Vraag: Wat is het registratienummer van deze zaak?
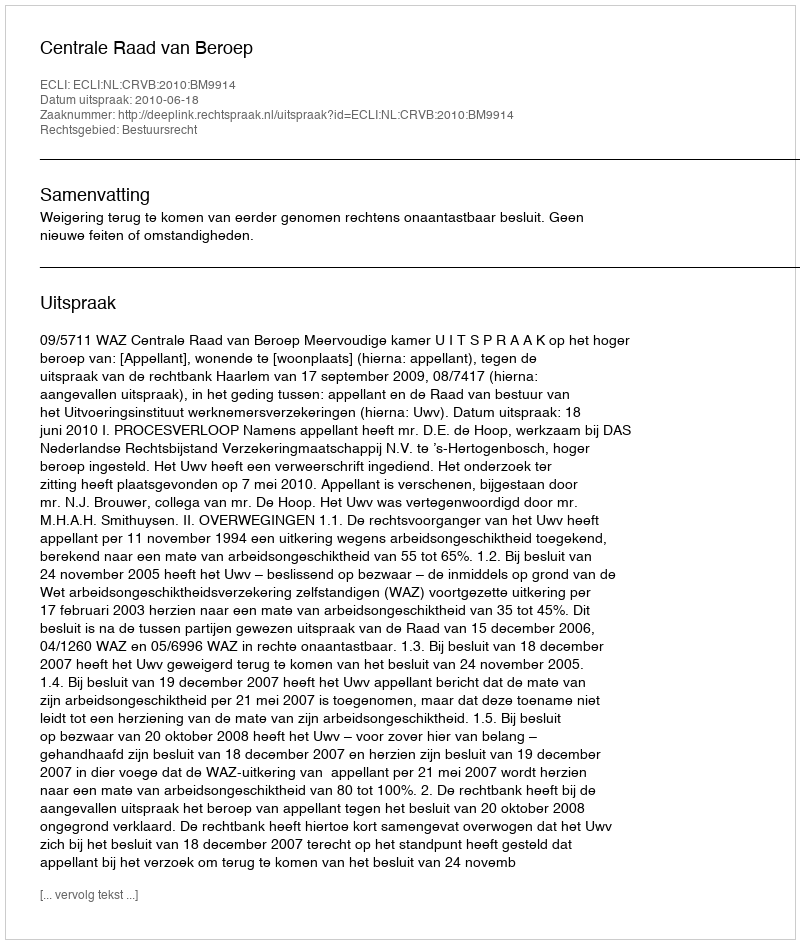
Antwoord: http://deeplink.rechtspraak.nl/uitspraak?id=ECLI:NL:CRVB:2010:BM9914